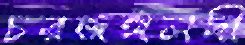
চরজঙ্গলদী